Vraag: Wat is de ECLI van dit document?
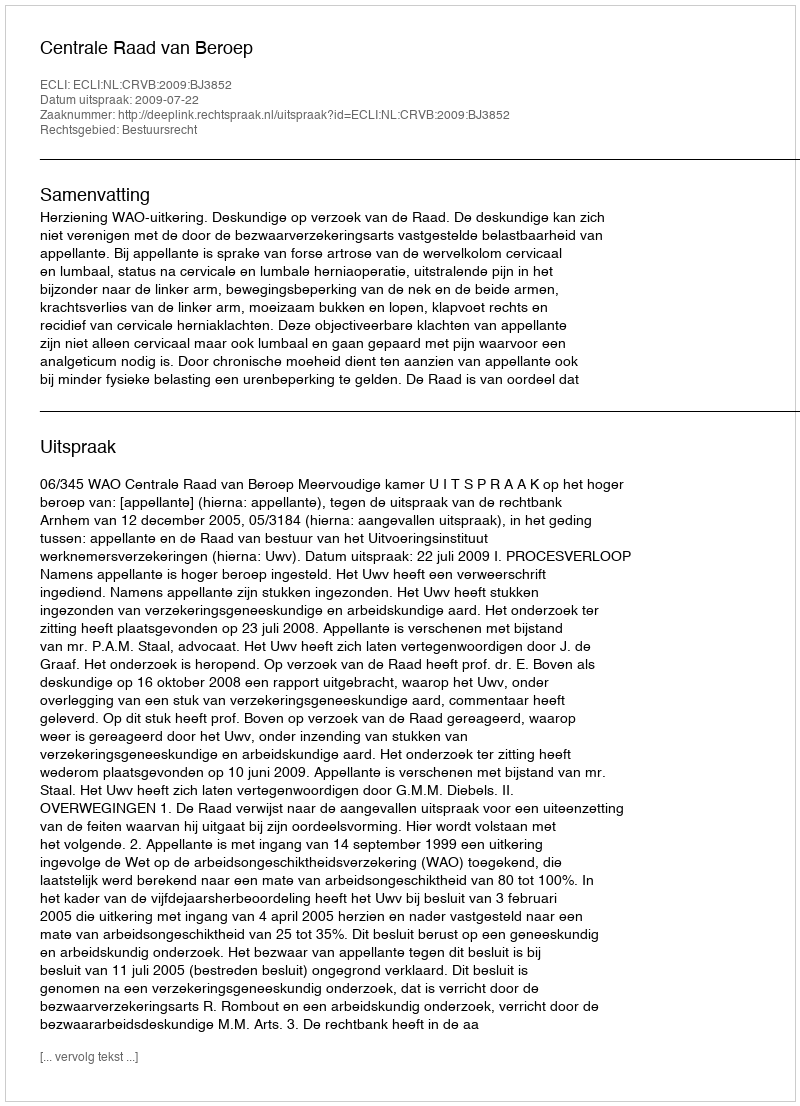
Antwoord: ECLI:NL:CRVB:2009:BJ3852